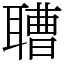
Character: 䏆